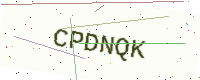
Text: CPDNQK